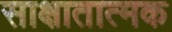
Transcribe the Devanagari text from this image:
साक्षातात्मक